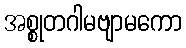
အစ္စုတဂါမဗျာမကော